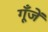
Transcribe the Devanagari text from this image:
गूँजें